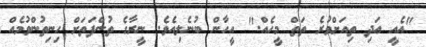
"އެއީ އަދި ތިއަށްވުރެ ތަތް މީހެއް." އީހާން ބުނެލިއެވެ. ނީރާގެ ތުންފަތަށް ހިނިތުންވުމެއް